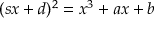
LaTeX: ( s x + d ) ^ { 2 } = x ^ { 3 } + a x + b